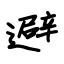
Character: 避